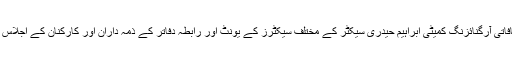
یہ بات انہوں نے کراچی مضافاتی آرگنائزنگ کمیٹی ابراہیم حیدری سیکٹر کے مختلف سیکٹرز کے یونٹ اور رابطہ دفاتر کے ذمہ داران اور کارکنان کے اجلاس سے گفتگو کرتے ہوئے کہی۔